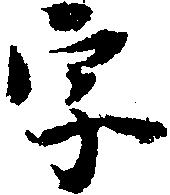
字